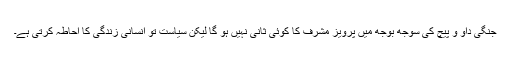
جنگی داؤ و پیچ کی سوجھ بوجھ میں پرویز مشرف کا کوئی ثانی نہیں ہو گا لیکن سیاست تو انسانی زندگی کا احاطہ کرتی ہے۔